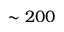
\sim 2 0 0